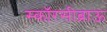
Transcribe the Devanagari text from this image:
स्कॉरसीब्राऊ